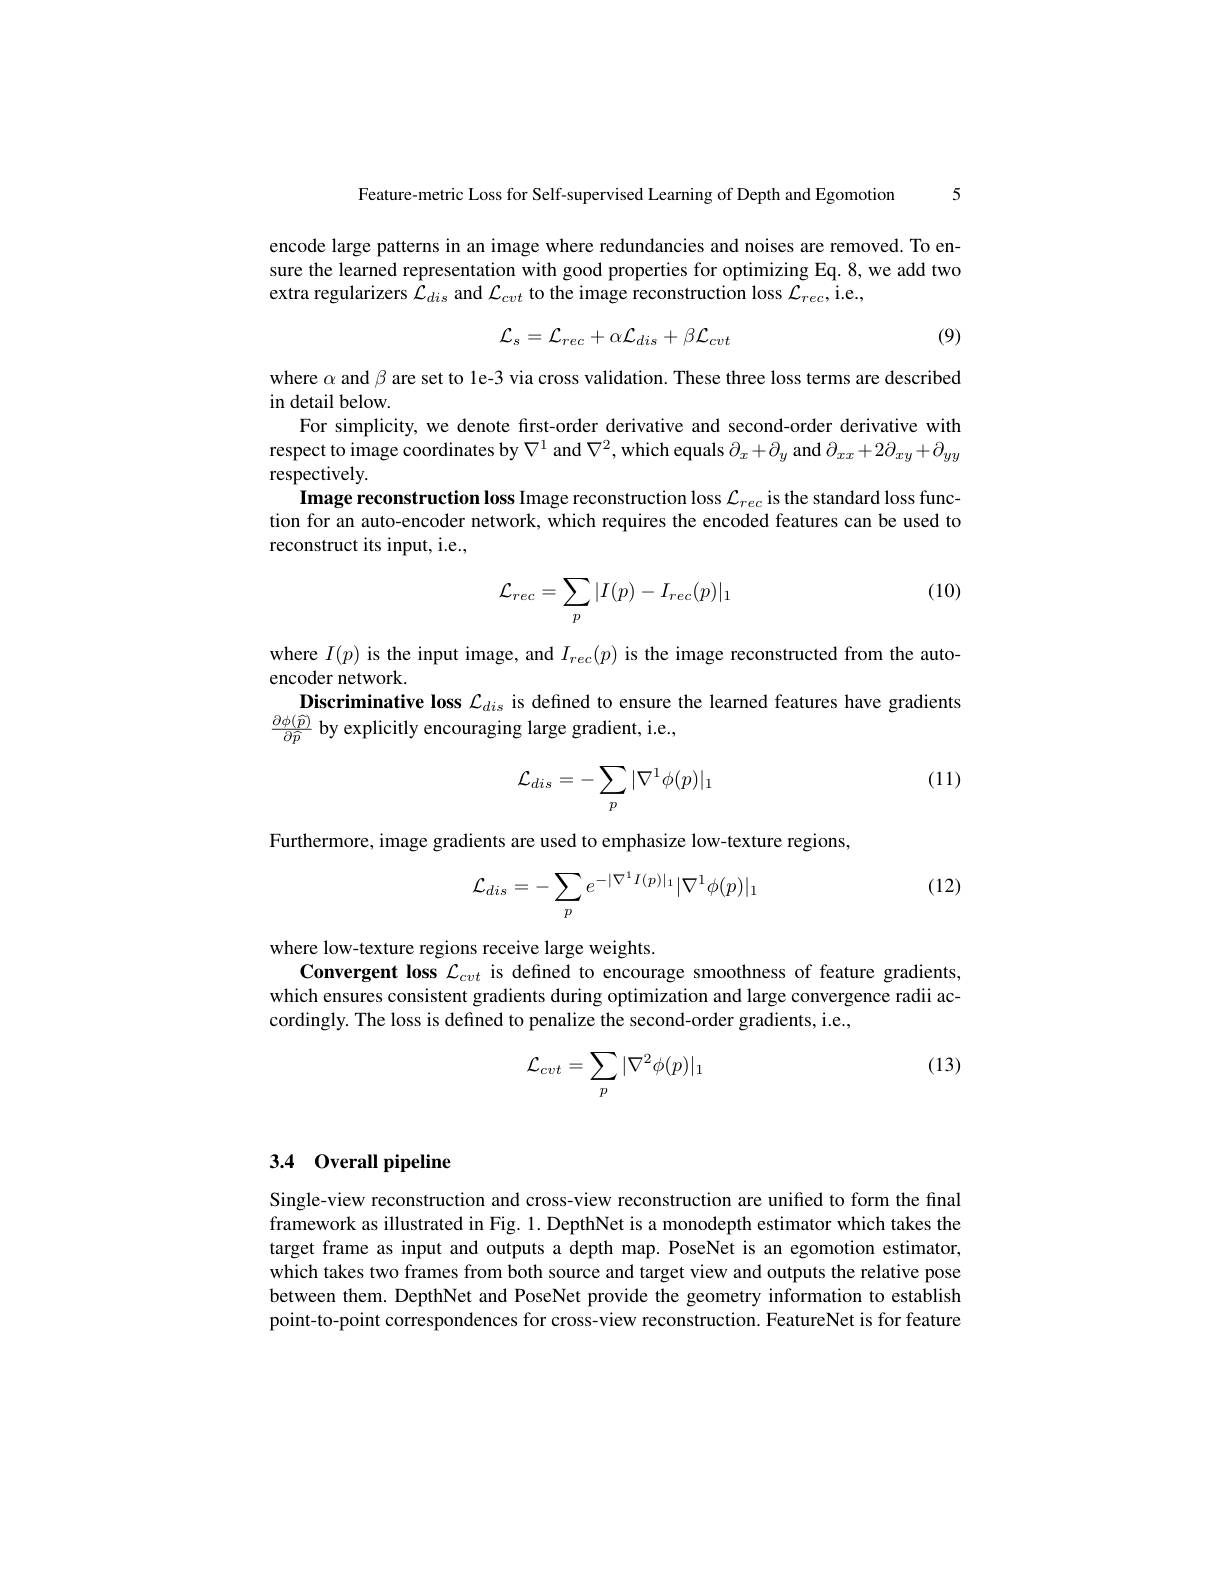
5

Feature-metric Loss for Self-supervised Learning of Depth and Egomotion

encode large patterns in an image where redundancies and noises are removed. To ensure the learned representation with good properties for optimizing Eq. 8, we add two extra regularizers $\mathcal{L}_dis$ and $\mathcal{L}_cvt$ to the image reconstruction loss $\mathcal{L}_rec$,i.e.,

(9)
$$\mathcal{L}_{s}=\mathcal{L}_{rec}+\alpha\mathcal{L}_{dis}+\beta\mathcal{L}_{cvt}$$
where $\alpha$ and $\beta$ are set to le-3 via cross validation. These three loss terms are described
in detail below.
For simplicity, we denote first-order derivative and second-order derivative with respect to image coordinates by $\nabla^1$ and $\nabla^2$,which equals $\partial_x+\partial_y$ and $\partial_xx+2\partial_xy+\partial_{yy}$ respectively.
Image reconstruction loss Image reconstruction loss $\mathcal{L}_rec$ is the standard loss function for an auto-encoder network, which requires the encoded features can be used to reconstruct its input, i.e.,

(10)
$$\mathcal{L}_{rec}=\sum_p|I(p)-I_{rec}(p)|_1$$
where $I(p)$ is the input image, and $I_rec(p)$ is the image reconstructed from the auto-
encoder network.
Discriminative loss $\mathcal{L}_dis$ is defined to ensure the learned features have gradients
$\frac{\partial\phi(\widehat{p})}{\partial\widehat{p}}$ by explicitly encouraging large gradient, i.e.,

(11)
$$\mathcal{L}_{dis}=-\sum_p|\nabla^1\phi(p)|_1$$
Furthermore, image gradients are used to emphasize low-texture regions,

(12)
$$\mathcal{L}_{dis}=-\sum_pe^{-|\nabla^1I(p)|_1}|\nabla^1\phi(p)|_1$$
where low-texture regions receive large weights.
Convergent loss $\mathcal{L}_cvt$ is defined to encourage smoothness of feature gradients, which ensures consistent gradients during optimization and large convergence radii accordingly. The loss is defined to penalize the second-order gradients, i.e.,

(13)
$$\mathcal{L}_{cvt}=\sum_p|\nabla^2\phi(p)|_1$$
# 3.4 Overall pipeline

Single-view reconstruction and cross-view reconstruction are uniffed to form the final framework as illustrated in Fig. 1. DepthNet is a monodepth estimator which takes the target frame as input and outputs a depth map. PoseNet is an egomotion estimator, which takes two frames from both source and target view and outputs the relative pose between them. DepthNet and PoseNet provide the geometry information to establish point-to-point correspondences for cross-view reconstruction. FeatureNet is for feature